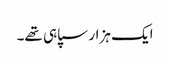
ایک ہزار سپاہی تھے۔